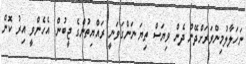
ނަހަލާލުމިންވަރަށްދޭން ދެން ވިޔަސް ތިޔަ ނަންގަވަނީ ރައްޔިތުންގެ ޖީބުން. އެހެންވީ އިރު ކޮން